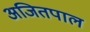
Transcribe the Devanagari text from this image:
अजितपाल